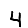
Digit: 4